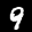
Label: 9